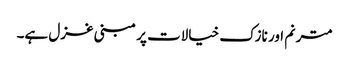
مترنم اور نازک خیالات پر مبنی غزل ہے۔